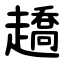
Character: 趫